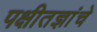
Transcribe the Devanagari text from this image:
पक्षीतज्ञांचे